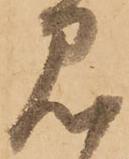
見